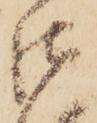
御